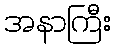
အနာကြီး